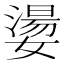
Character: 𡢈